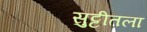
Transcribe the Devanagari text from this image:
सुट्टीतला